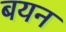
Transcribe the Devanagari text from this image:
बयन